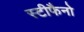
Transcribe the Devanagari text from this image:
स्टीफैनो